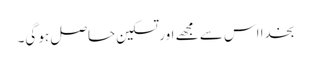
بخدا اس سے مجھے اور تسکین حاصل ہو گی۔